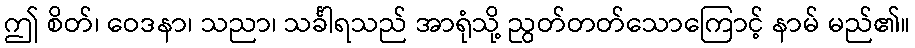
ဤ စိတ်၊ ဝေဒနာ၊ သညာ၊ သင်္ခါရသည် အာရုံသို့ ညွတ်တတ်သောကြောင့် နာမ် မည်၏။